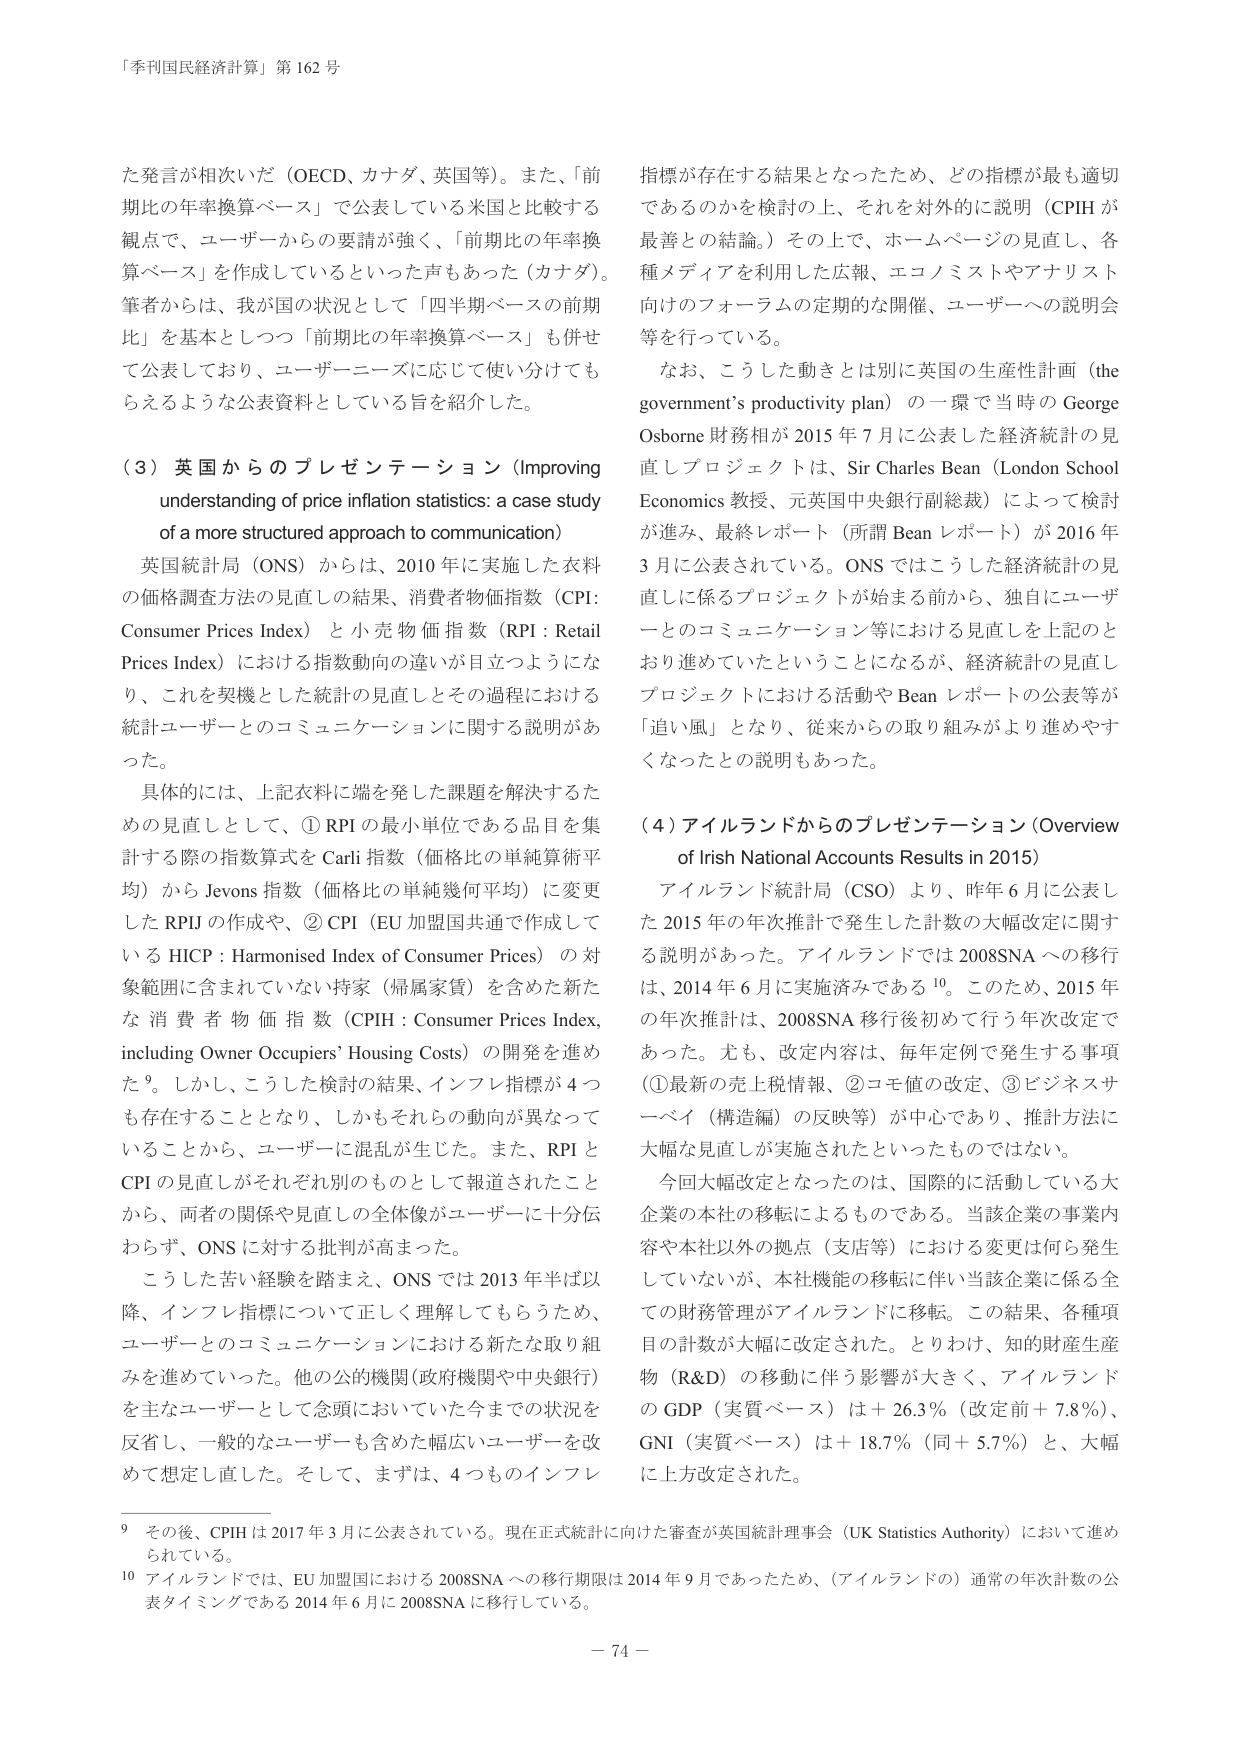
「季刊国民経済計算」第162号

た発言が相次いだ（OECD、カナダ、英国等）。また、「前期比の年率換算ベース」で公表している米国と比較する観点で、ユーザーからの要請が強く、「前期比の年率換算ベース」を作成しているといった声もあった（カナダ）。筆者からは、我が国の状況として「四半期ベースの前期比」を基本としつつ「前期比の年率換算ベース」も併せて公表しており、ユーザー・ニーズに応じて使い分けてもらえるような公表資料としている旨を紹介した。

（3）英国からのプレゼンテーション（Improving understanding of price inflation statistics: a case study of a more structured approach to communication）

英国統計局（ONS）からは、2010年に実施した衣料の価格調査方法の見直しの結果、消費者物価指数（CPI: Consumer Prices Index）と小売物価指数（RPI: Retail Prices Index）における指数動向の違いが目立つようになり、これを契機とした統計の見直しとその過程における統計ユーザーとのコミュニケーションに関する説明があった。

具体的には、上記衣料に端を発した課題を解決するための見直しとして、①RPIの最小単位である品目を集計する際の指数算式をCarli指数（価格比の単純算術平均）からJevons指数（価格比の単純幾何平均）に変更したRPIの作成や、②CPI（EU加盟国共通で作成しているHICP: Harmonised Index of Consumer Prices）の対象範囲に含まれていない持家（帰属家賃）を含めた新たな消費者物価指数（CPIH: Consumer Prices Index, including Owner Occupiers’ Housing Costs）の開発を進めた⁹。しかし、こうした検討の結果、インフレ指標が4つも存在することとなり、しかもそれらの動向が異なっていることから、ユーザーに混乱が生じた。また、RPIとCPIの見直しがそれぞれ別のものとして報道されたことから、両者の関係や見直しの全体像がユーザーに十分伝わらず、ONSに対する批判が高まった。

こうした苦い経験を踏まえ、ONSでは2013年半ば以降、インフレ指標について正しく理解してもらうため、ユーザーとのコミュニケーションにおける新たな取り組みを進めていった。他の公的機関（政府機関や中央銀行）を主なユーザーとして念頭においていた今までの状況を反省し、一般的なユーザーも含めた幅広いユーザーを改めて想定し直した。そして、まずは、4つものインフレ指標が存在する結果となったため、どの指標が最も適切であるのかを検討の上、それを対外的に説明（CPIHが最善との結論。）その上で、ホームページの見直し、各種メディアを利用した広報、エコノミストやアナリスト向けのフォーラムの定期的な開催、ユーザーへの説明会等を行っている。

なお、こうした動きとは別に英国の生産性計画（the government’s productivity plan）の一環で当時のGeorge Osborne財務相が2015年7月に公表した経済統計の見直しプロジェクトは、Sir Charles Bean（London School Economics教授、元英国中央銀行副総裁）によって検討が進み、最終レポート（所謂Beanレポート）が2016年3月に公表されている。ONSではこうした経済統計の見直しに係るプロジェクトが始まる前から、独自にユーザーとのコミュニケーション等における見直しを上記のとおり進めていたということになるが、経済統計の見直しプロジェクトにおける活動やBeanレポートの公表等が「追い風」となり、従来からの取り組みがより進めやすくなったとの説明もあった。

（4）アイルランドからのプレゼンテーション（Overview of Irish National Accounts Results in 2015）

アイルランド統計局（CSO）より、昨年6月に公表した2015年の年次推計で発生した計数の大幅改定に関する説明があった。アイルランドでは2008SNAへの移行は、2014年6月に実施済みである¹⁰。このため、2015年の年次推計は、2008SNA移行初めで行う年次改定であった。尤も、改定内容は、毎年定例で発生する事項（①最新の売上税情報、②コモ値の改定、③ビジネスサーベイ（構造編）の反映等）が中心であり、推計方法に大幅な見直しが実施されたといったものではない。

今回大幅改定となったのは、国際的に活動している大企業の本社の移転によるものである。当該企業の事業内容や本社以外の拠点（支店等）における変更は何ら発生していないが、本社機能の移転に伴い当該企業に係る全ての財務管理がアイルランドに移転。この結果、各種項目の計数が大幅に改定された。とりわけ、知的財産生産物（R&D）の移動に伴う影響が大きく、アイルランドのGDP（実質ベース）は＋26.3％（改定前＋7.8％）、GNI（実質ベース）は＋18.7％（同＋5.7％）と、大幅に上方改定された。

⁹ その後、CPIHは2017年3月に公表されている。現在正式統計に向けた審査が英国統計理事会（UK Statistics Authority）において進められている。

¹⁰ アイルランドでは、EU加盟国における2008SNAへの移行期限は2014年9月であったため、（アイルランドの）通常の年次計数の公表タイミングである2014年6月に2008SNAに移行している。

－74－